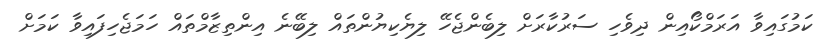
ކަމުގައިވާ އަރަމްކޯއިން ދިވެހި ސަރުކާރަށް ލިބެންޖެހޭ ލިޔެކިޔުންތައް ލިބޭނެ އިންތިޒާމްތައް ހަމަޖެހިފައިވާ ކަމަށް